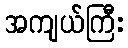
အကျယ်ကြီး